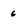
Character: 6